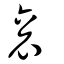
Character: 袞